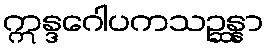
ဣန္ဒဂေါပကသဉ္ဆန္နာ